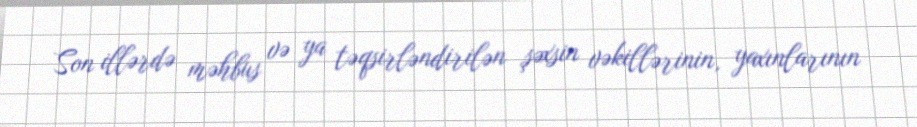
Son illərdə məhbus və ya təqsirləndirilən şəxsin vəkillərinin, yaxınlarının